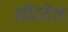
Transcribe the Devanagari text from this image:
नोंदवेल